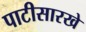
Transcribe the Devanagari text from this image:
पाटीसारखे